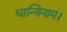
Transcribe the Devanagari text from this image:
धान्विनाम।